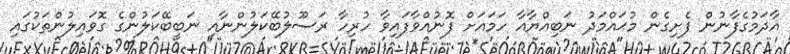
އާދަމުގެފާނުން ފެށިގެން މުޙައްމަދު ނަބިއްޔާއާ ހަމައަށް ފޮނުއްވާފައިވާ ހުރިހާ ރަސޫލުބޭކަލުންނާއި ނަބީބޭކަލުންގެ ގޮވައިލުންތަކުގައި